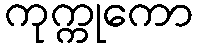
ကုက္ကုကော